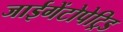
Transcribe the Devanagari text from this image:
जाईगेंटोपेट्रिड